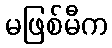
မဖြစ်မီက